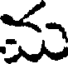
మ